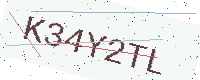
Text: K34Y2TL